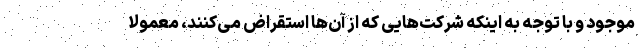
موجود و با توجه به اینکه شرکت‌هایی که از آن‌ها استقراض می‌کنند، معمولا